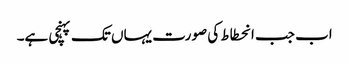
اب جب انحطاط کی صورت یہاں تک پہنچی ہے۔